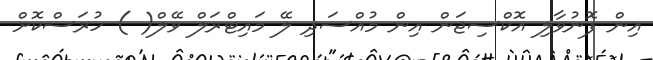
އިން ފޮނުވާލި އޮކްސިޖަން އިން މުއްސަދި ލޭ މައިޓްރަލް ވޭލް( ) ހުރަސްކޮށް